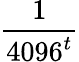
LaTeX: \frac{1}{{4096}^{t}}